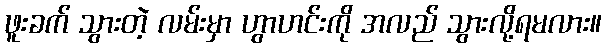
ဖူးခက် သွားတဲ့ လမ်းမှာ ဟွာဟင်းကို အလည် သွားလို့ရမလား။